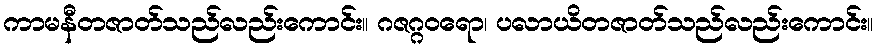
ကာမနီတဇာတ်သည်လည်းကောင်း။ ဂဇဂ္ဂဝရော၊ ပလာယိတဇာတ်သည်လည်းကောင်း။